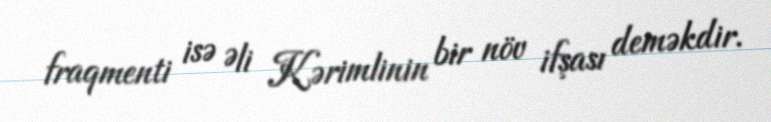
fraqmenti isə Əli Kərimlinin bir növ ifşası deməkdir.